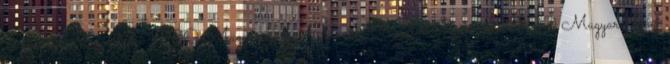
Szlovákok Szövetsége 1990 Magyarországi Szlovák Fiatalok Szervezete 1990 Magyarországi